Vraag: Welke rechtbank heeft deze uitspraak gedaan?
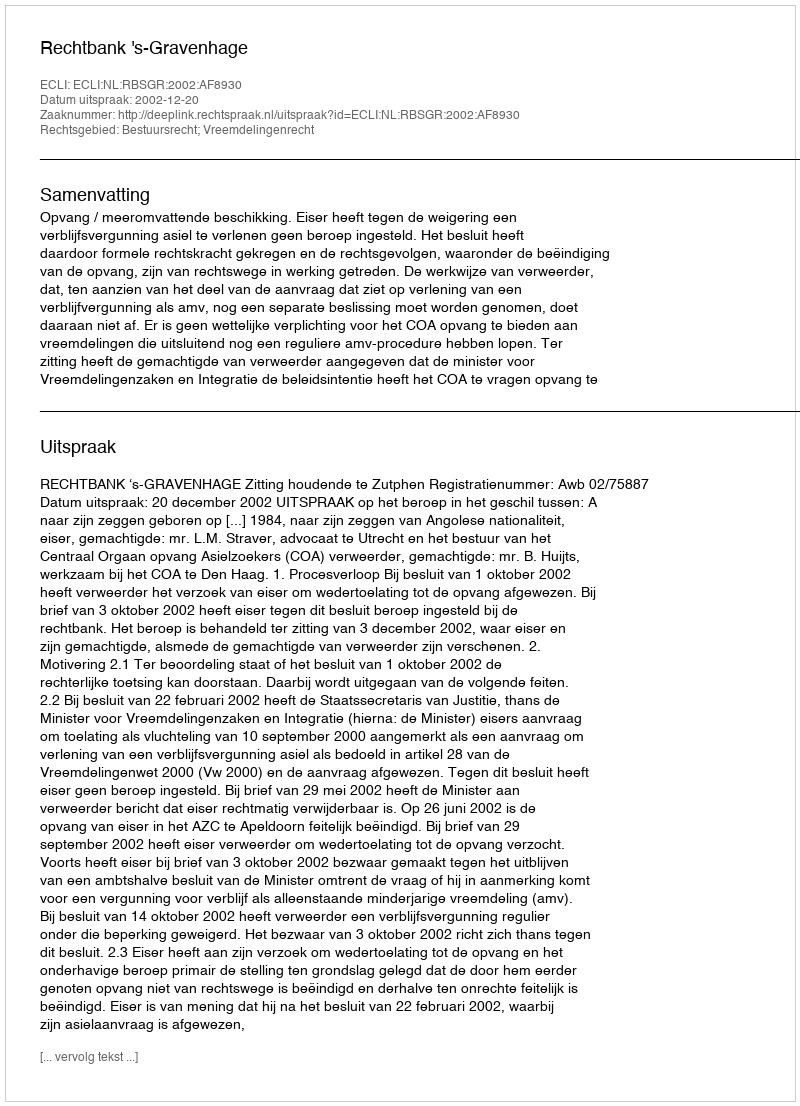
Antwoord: Rechtbank 's-Gravenhage